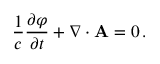
{ \frac { 1 } { c } } { \frac { \partial \varphi } { \partial t } } + \nabla \cdot \mathbf { A } = 0 \, .